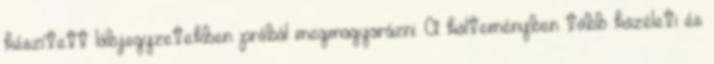
készített lábjegyzetekben próbál megmagyarázni. A költeményben több közéleti és